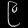
Digit: ၉